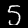
Digit: 5